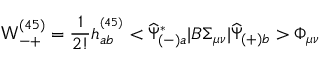
{ \mathsf W } _ { - + } ^ { ( 4 5 ) } = \frac { 1 } { 2 ! } h _ { a b } ^ { ^ { ( 4 5 ) } } < \widehat { \Psi } _ { ( - ) a } ^ { * } | B \Sigma _ { \mu \nu } | \widehat { \Psi } _ { ( + ) b } > \Phi _ { \mu \nu }